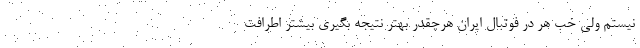
نیستم ولی خب هر در فوتبال ایران هرچقدر بهتر نتیجه بگیری بیشتر اطرافت